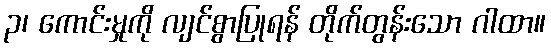
၃၊ ကောင်းမှုကို လျင်စွာပြုရန် တိုက်တွန်းသော ဂါထာ။